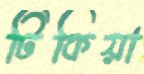
টিকিয়া